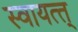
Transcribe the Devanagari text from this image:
स्वायत्त्